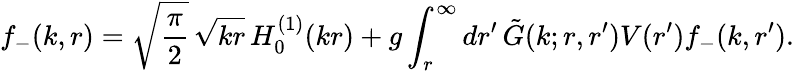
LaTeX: f_{-}(k,r)=\sqrt{{\displaystyle{\frac{\pi}{2}}}}\, \sqrt{kr}\, H_{0}^{(1)}(kr)+g\int_{r}^{\infty}dr^{\prime}\, \tilde{G}(k;r,r^{\prime})V(r^{\prime})f_{-}(k,r^{\prime}).